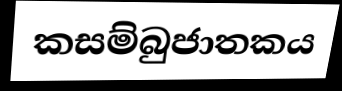
කසම්බුජාතකය